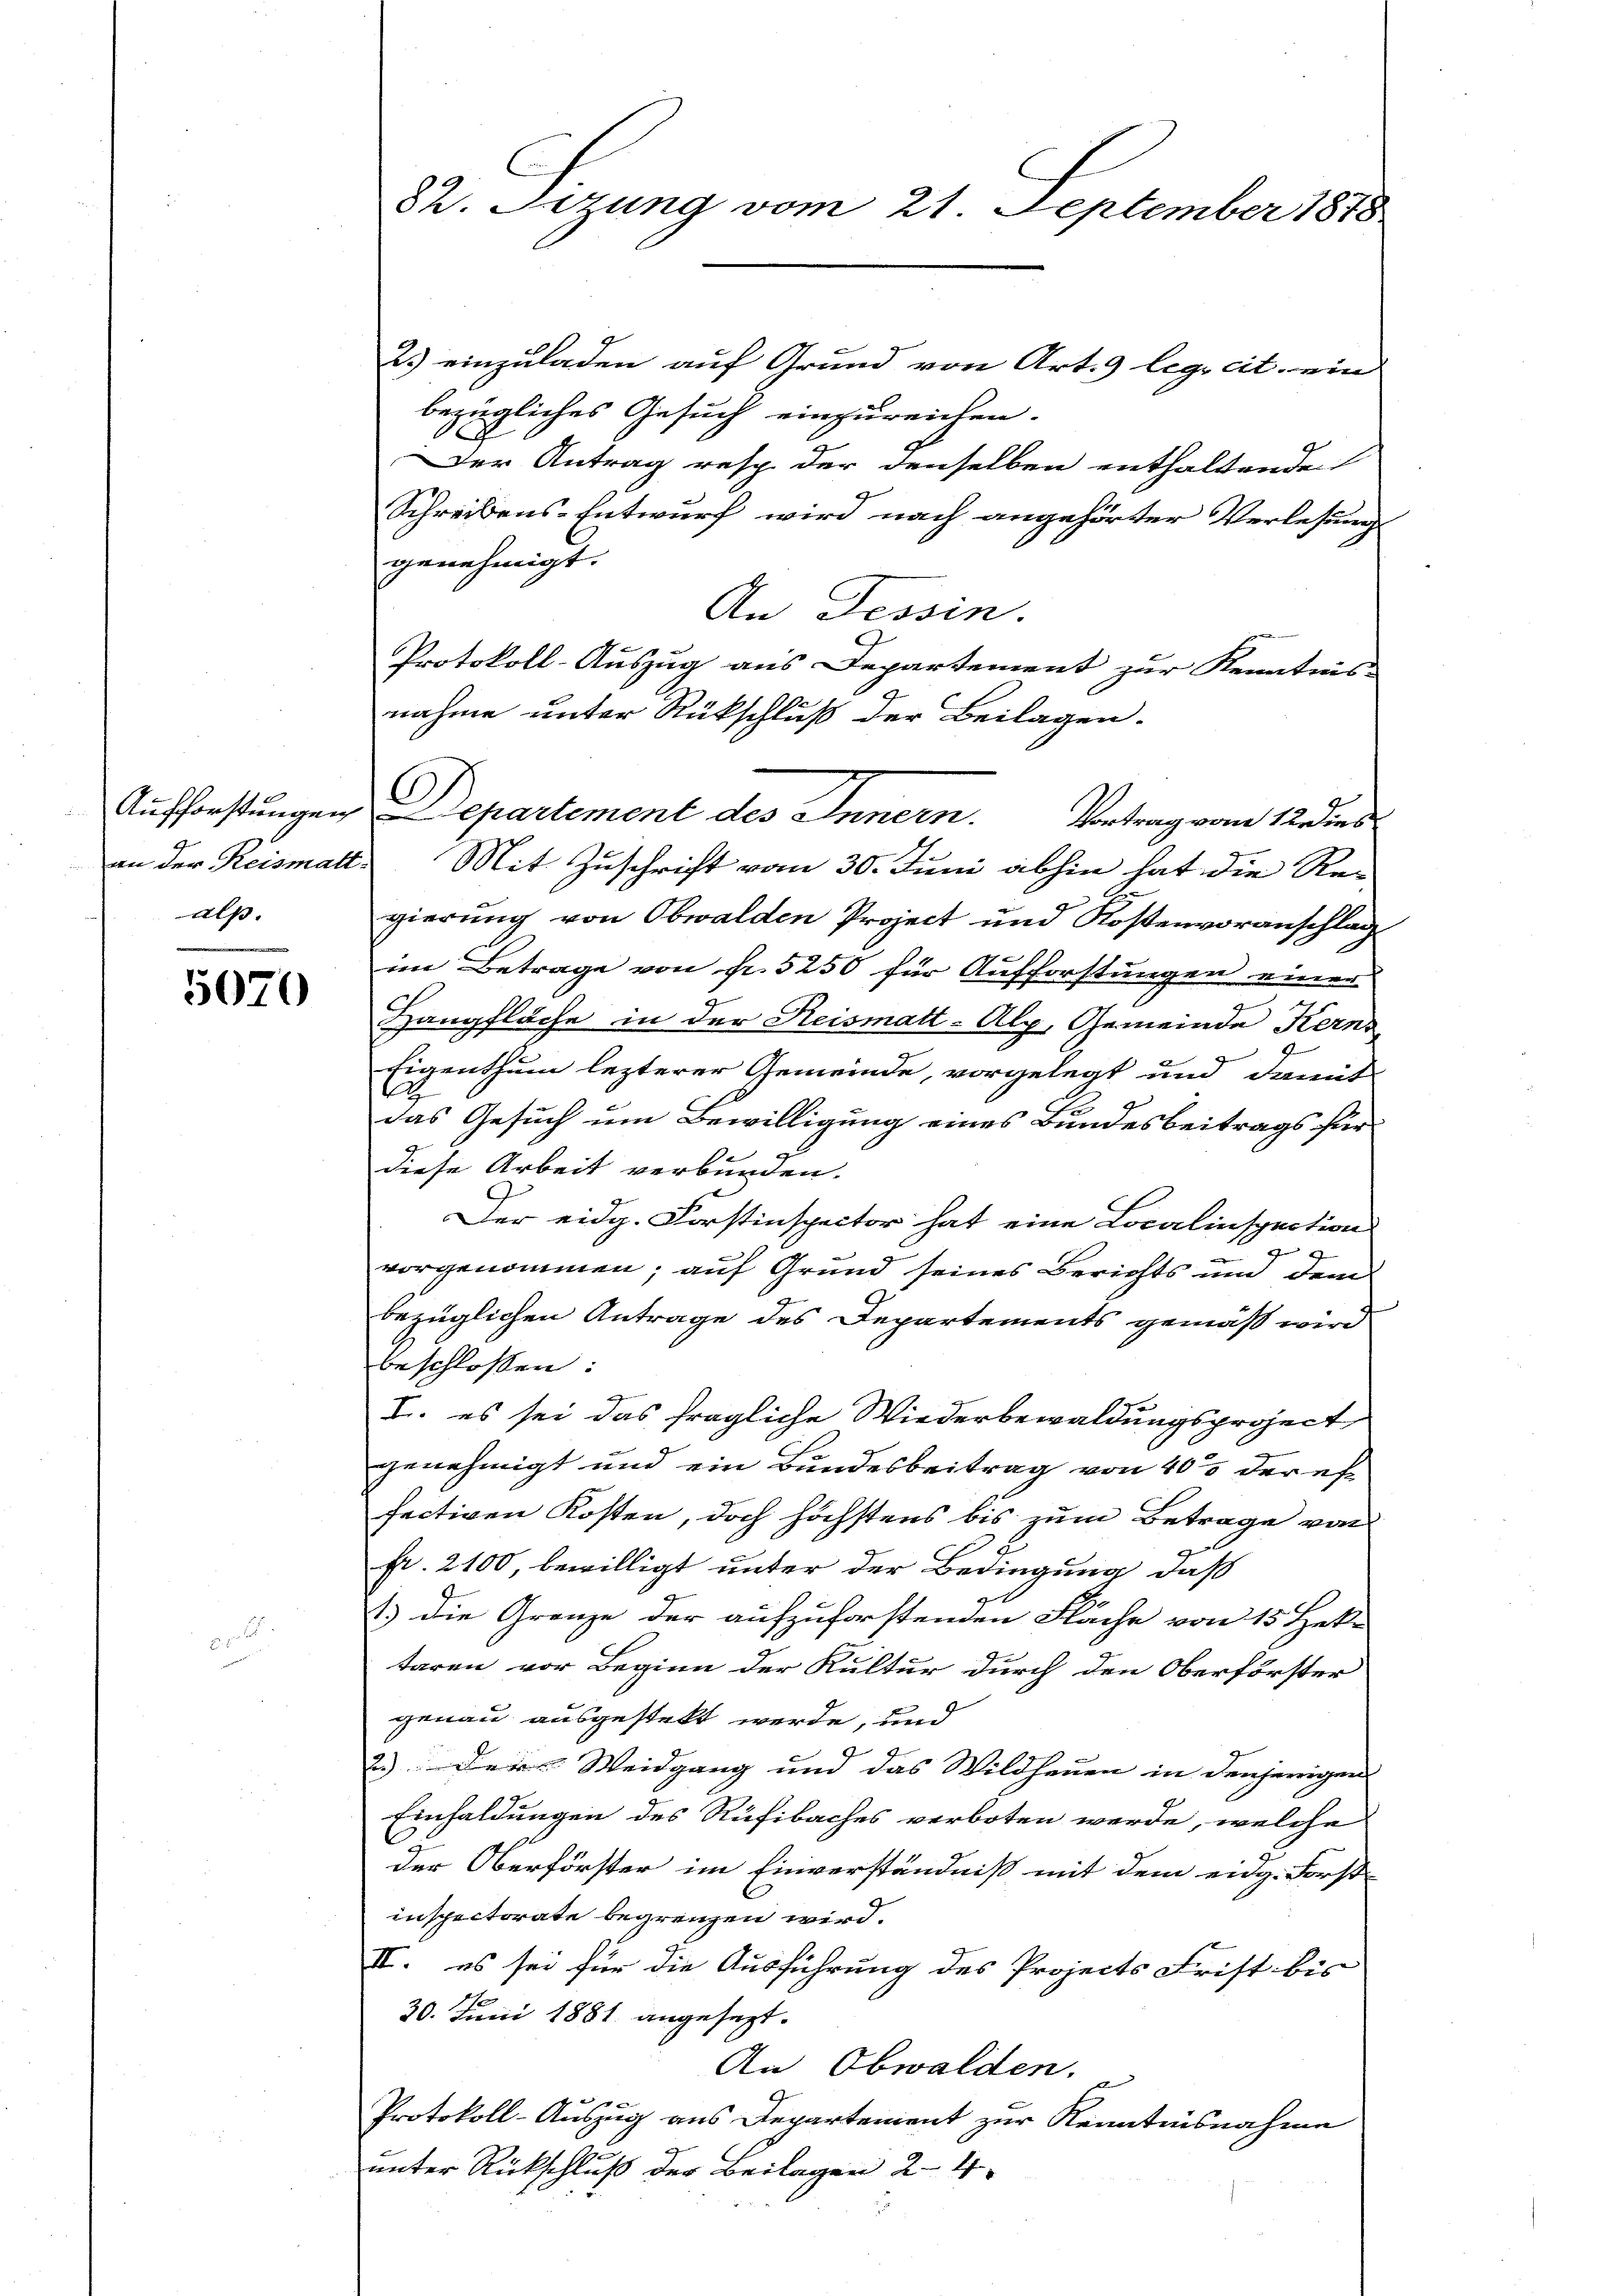
als.

5070

2.) einzuladen auf Grund von Art. 9 legs cit. ein
bezügliches Gesuch einzureichen.
Der Antrag rasch der denselben enthaltende
Schreibens-Entwurf wird nach angehörter Verlesung
genehmigt.
An Tessin.
Protokoll-Auszug aus Departement zur Kenntnis-
nahme unter Rückschluß der Beilagen.
Aufforstungen Departement des Innern.
Vortrag vom 12 dies
an der Reismatt. Mit Zuschrift vom 30. Juni abhin hat die Re-
gierung von Obwalden Project und Rostenvoranschlag
im Betrage von Nr. 5250 für Aufforstungen einer
Hangfläche in der Reismatt-Alp, Gemeinde Kern
Eigenthum lezterer Gemeinde, vorgelegt und damit
A
das Gesuch um Bewilligung eines Bundesbeitrags für
diese Arbeit verbunden.
Der eidg. Forstinspector hat eine Localinspection
vorgenommen; auf Grund seines Berichts und dem
bezüglichen Antrage des Departements gemäß wird
beschlossen:
I. es sei das fragliche Wiederbewaldungsproject
genehmigt und ein Bundesbeitrag von 40% der effectiven Kosten, doch höchstens bis zum Betrage von
fr. 2100, bewilligt unter der Bedingung, daß
1.) Die Grenze der aufzuforstenden Fläche von 15 Hek-
taren vor Beginn der Kultur durch den Oberförster
genau ausgestelt werde, und
2.) Der Weidgang und das Wildheuen in denjenigen
Einhaldungen des Rufibaches verboten werde, welche
der Oberförster im Einverständniß mit dem eidg. Forst-
inspectorate begrenzen wird.
II. es sei für die Ausführung des Projects Frist bis
20. Juni 1881 angesezt.
An Obwalden.
Protokoll-Auszug aus Departement zur Kenntnisnahme
unter Rückschluß der Beilagen 24.

82. Sezung vom 21. September 1818

.